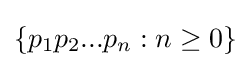
\{p_{1}p_{2}...p_{n}:n\geq 0\}